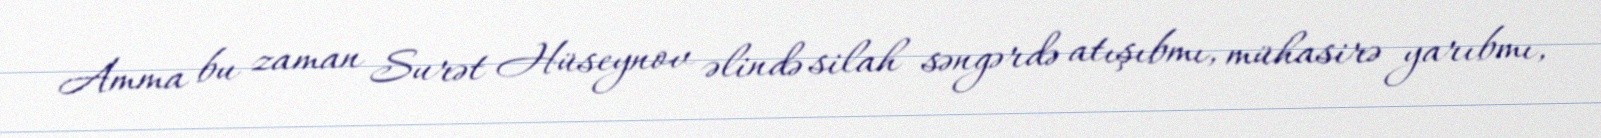
Amma bu zaman Surət Hüseynov əlində silah səngərdə atışıbmı, mühasirə yarıbmı,